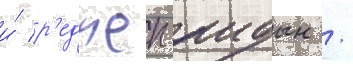
и́ р'еджеп аидын /